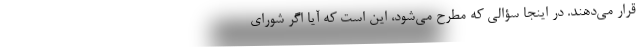
قرار می‌دهند. در اینجا سؤالی که مطرح می‌شود، این است که آیا اگر شورای